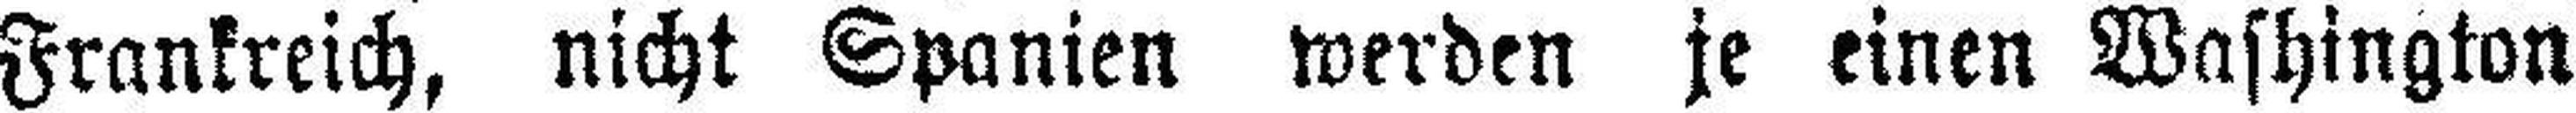
Frankreich, nicht Spanien werden je einen Washington